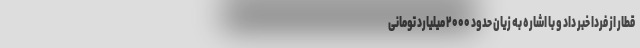
قطار از فردا خبر داد و با اشاره به زیان حدود ۲۰۰۰ میلیارد تومانی